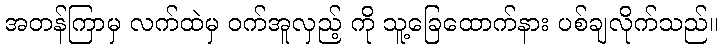
အတန်ကြာမှ လက်ထဲမှ ဝက်အူလှည့် ကို သူ့ခြေထောက်နား ပစ်ချလိုက်သည်။